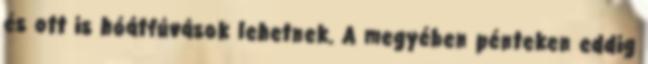
és ott is hóátfúvások lehetnek. A megyében pénteken eddig